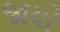
જાયો